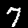
Label: 7